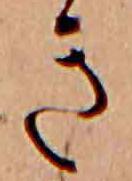
き